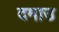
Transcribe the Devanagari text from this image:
दमाउ